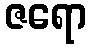
ဇရော